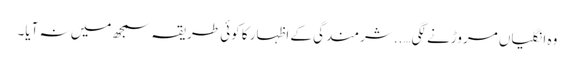
وہ انگلیاں مروڑنے لگی…..شرمندگی کے اظہار کا کوئی طریقہ سمجھ میں نہ آیا۔